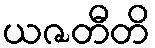
ယဇတီတိ